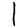
Digit: 1